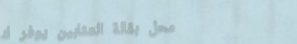
محل بقالة العثابين يوفر ك